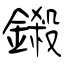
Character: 鎩